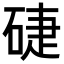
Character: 𥓐